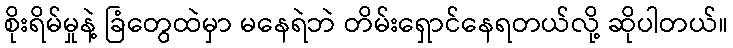
စိုးရိမ်မှုနဲ့ ခြံတွေထဲမှာ မနေရဲဘဲ တိမ်းရှောင်နေရတယ်လို့ ဆိုပါတယ်။